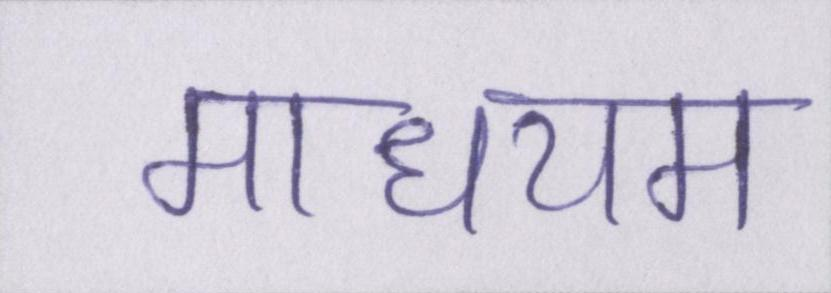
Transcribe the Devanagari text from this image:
माधयम